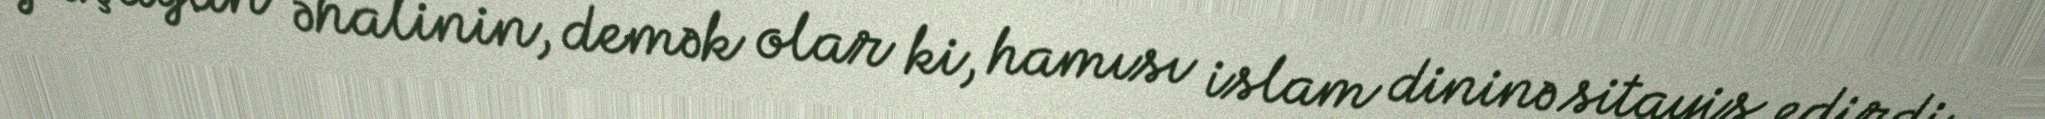
yaşayan əhalinin, demək olar ki, hamısı islam dininə sitayiş edirdi.